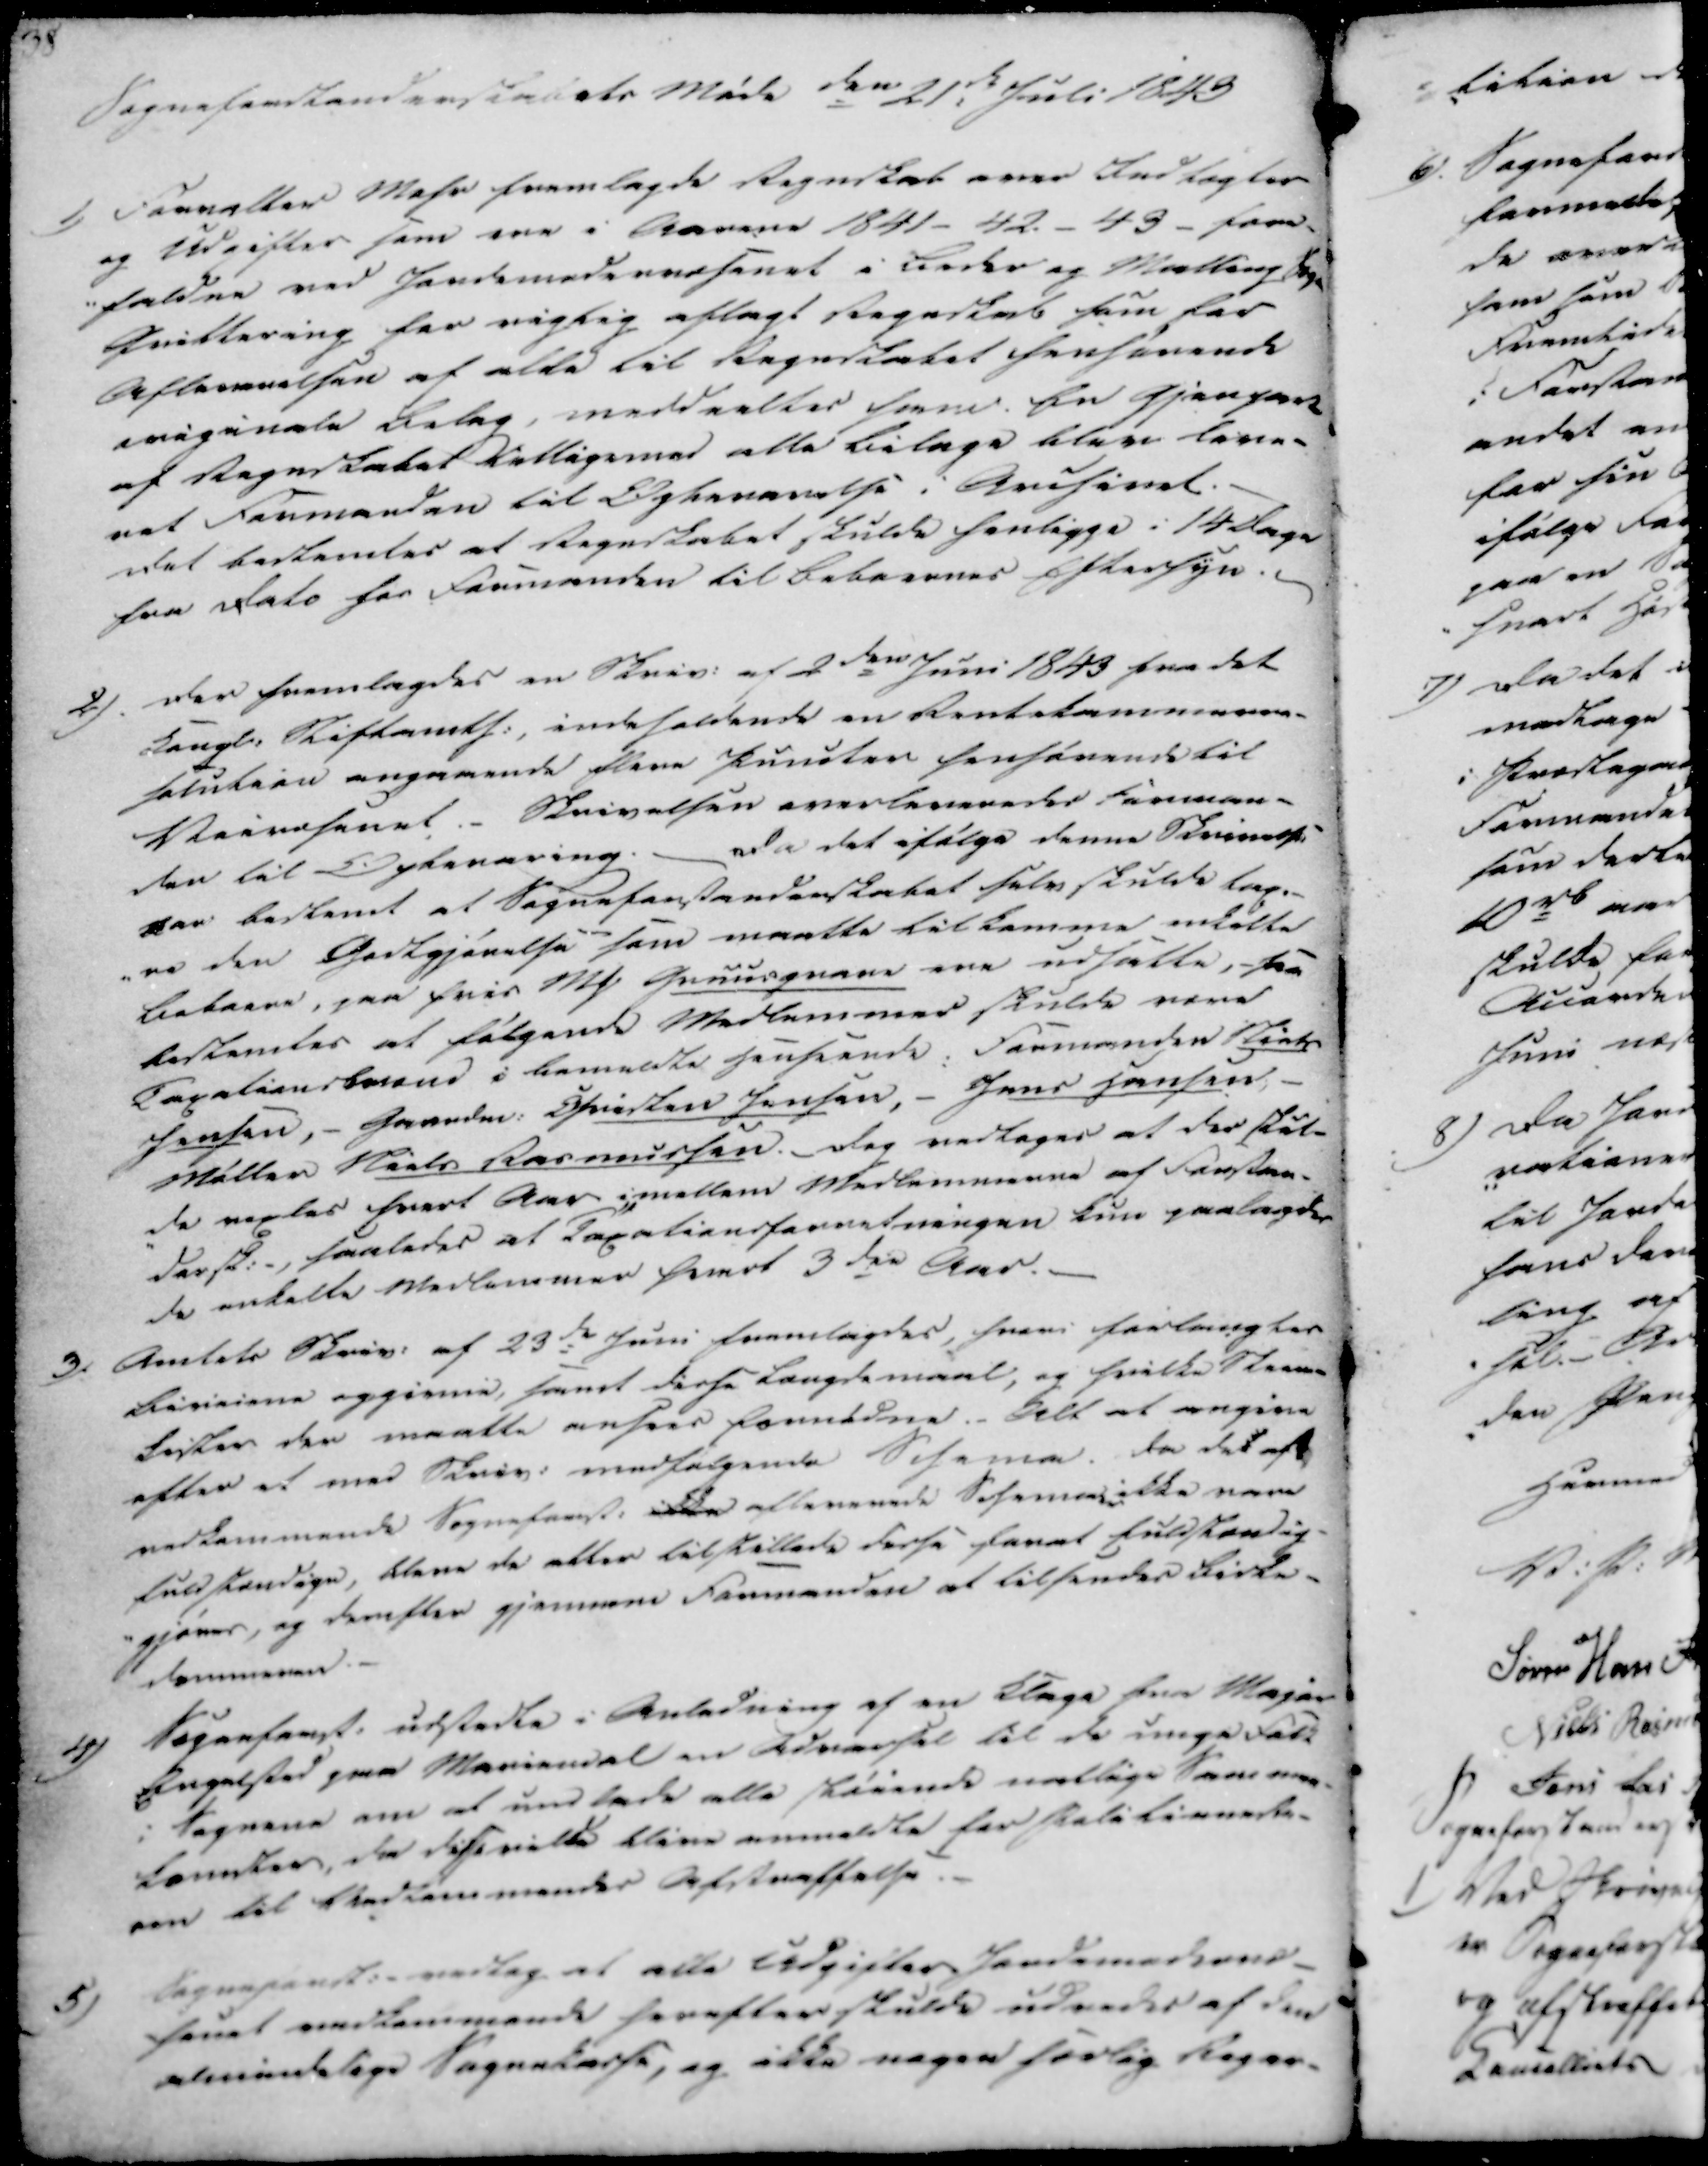
Transskription:
Sogneforstanderskabets Møde den 21.de Juli 1843

1)

Forvalter Mohr fremlagde Regnskab over Indtægter
og Udgifter som ere i Aarene 1841- 42.- 43- sam-
-faldne med Jandemederaesenet i Beder og Malling Sogne
Quittering for vigtig aflagt Regnskab som for
Aflesmnelsen af alde til Regnskabet finhørende
avigunde Bilag, meddeeltes som. En Gjenpart
af Regnskabet Tilligemed alle Bilage bleve leve-
ret Formanden til Opbevarelse i Anisirel.
Det bestemtes at Regnskabet skulde henligge i 14 Dage
fra Dato for formanden til Beboernes Eftersyn.

2).

Der fremlagdes en Skriv. af 2den Juni 1843 fra det
kongl. Stiftamts:, indeholdende en Rentekommisen-
selutein angaaende flere Kunder forhørende til
Veivæsenet.- Skrivelsen overbesvareder fanman-
den til Opbevaring. Da det ifølge denne Skrivelse
var bestemt at Sogneforstanderskabet selv skulde teg.-
-ne den Godtgjørelse som maatte tilkomme enkaldte
Beboere, saa hvis Mark Grusgravene ere Udsatte, - saa
bestemtes at følgende Medlemmer skulde vere
Tapationsbornd i bemeldte Henseende. Formanden Niels
Jensen, - Gaarde: Christen Jensen,- Jens Hansen, -
Møller Niels Rasmussen.- Dog vedtages at der skul-
de vægtes hvert Aar imellem Medlemmerne af Forstan-
dersk., saaledes at Tagationsforretningen kun paalagdes
de enkelte Medlemmer hvert 3den Aar.

3/

Amtets Skriv. af 23de Juni fremlagdes, hvori forlangtes
birieiene opgivne, samt disse længdemaal, og hvilke Stem-
lister der maatte ansees Ermldne. Helt at angive
efter et med Skriv. medfølgende Seseme. da det af
vedkommende Sogneforst. ikke aflevende Sefemener ikke være
fuldstændige, bleve de efter tilstillede disse faret fuldstændig-
gjører, og derefter gjennem Formanden at tilsendes birke-
dommeren.

4)

Sogneforst. udstedte i Anledning af en Klage fra Major
Engelsted paa Mariendal en Advarsel til de impefolk
i Sognene om at undlade alle skrivende natlige Sammen-
komster, da disse ville blive anmeldte for Politienede-
sen til Vedkommendes Afstraffelse.

5)

Sogneforst. vedtog at alle Udgifter Jendemerhans-
fenet indkommende forefter skulde udredes af den
almindelige Sognekasse, og ikke nogen forlig Reger-